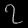
Digit: ၇